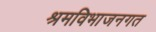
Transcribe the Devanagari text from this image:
श्रमविभाजनगत